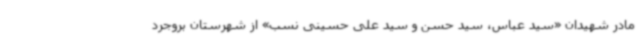
مادر شهیدان «سید عباس، سید حسن و سید علی حسینی نسب» از شهرستان بروجرد